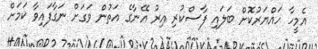
އެމީހާ ހައްޔަރުކޮށް ބަލައި ފާސްކުރި އިރު އޭނާގެ އަތުން ވަގަށް ނަގާފައިވާ ކަމަށް